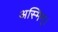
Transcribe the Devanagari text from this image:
अस्मिन्।